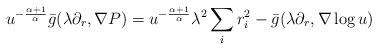
LaTeX: \begin{align*}u^{-\frac{\alpha+1}{\alpha}}\bar{g}(\lambda\partial_{r},\nabla P)=u^{-\frac{\alpha+1}{\alpha}}\lambda^{2}\sum_{i}r_{i}^{2}-\bar{g}(\lambda\partial_{r},\nabla \log u)\end{align*}